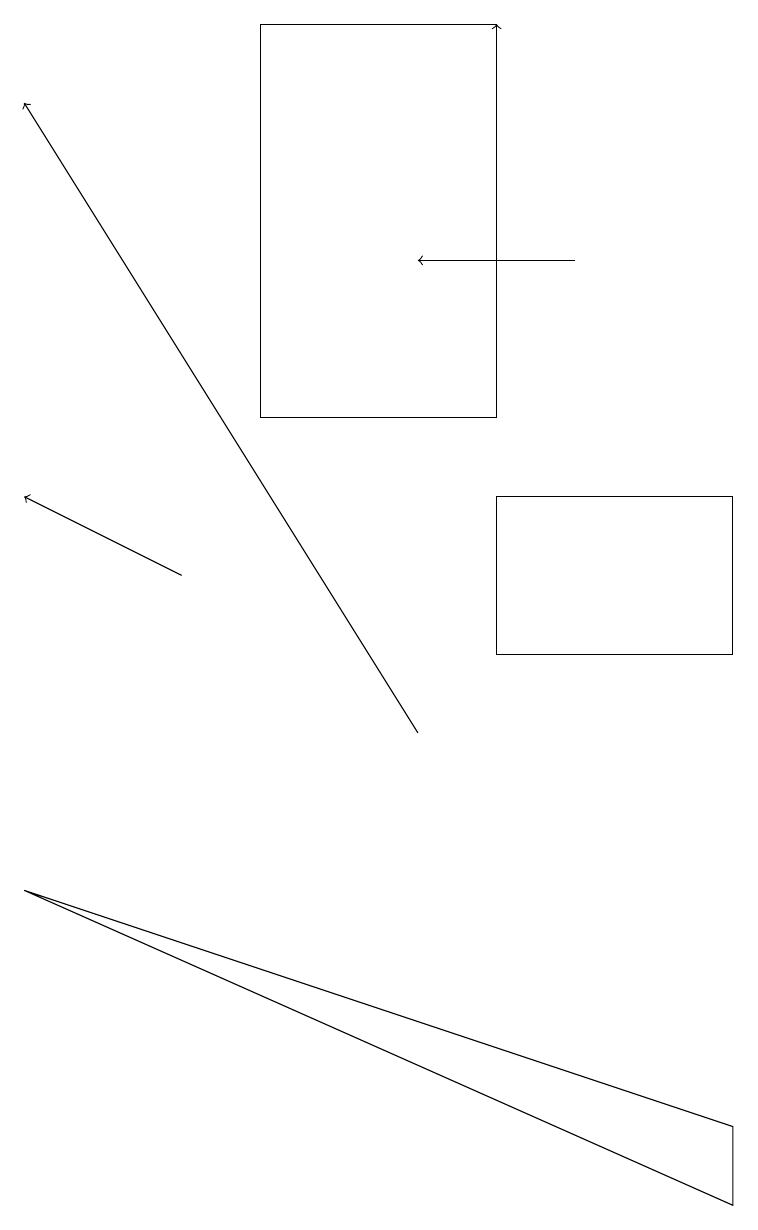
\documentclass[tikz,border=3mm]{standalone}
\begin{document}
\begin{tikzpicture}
\draw[->] (6,18) -- (6,19);
\draw (3,19) rectangle (6,14);
\draw (0,8) -- (9,5) -- (9,4) -- cycle;
\draw[->] (5,10) -- (0,18);
\draw[->] (7,16) -- (5,16);
\draw (6,11) rectangle (9,13);
\draw[->] (2,12) -- (0,13);
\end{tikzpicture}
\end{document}